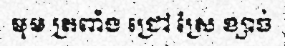
មុម ត្រពាំង ជ្រៅ ស្រែ ខ្សាច់